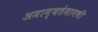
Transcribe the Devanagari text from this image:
अमान्यतेमागची